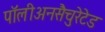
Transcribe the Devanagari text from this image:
पॉलीअनसैचुरेटेड